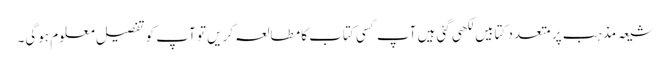
شیعہ مذہب پر متعدد کتابیں لکھی گئی ہیں آپ کسی کتاب کا مطالعہ کریں تو آپ کو تفصیل معلوم ہوگی۔